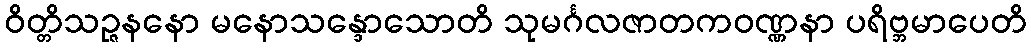
ဝိတ္တိသဉ္ဇနနော မနောသန္ဒောသောတိ သုမင်္ဂလဇာတကဝဏ္ဏနာ ပရိဗ္ဘမာပေတိ